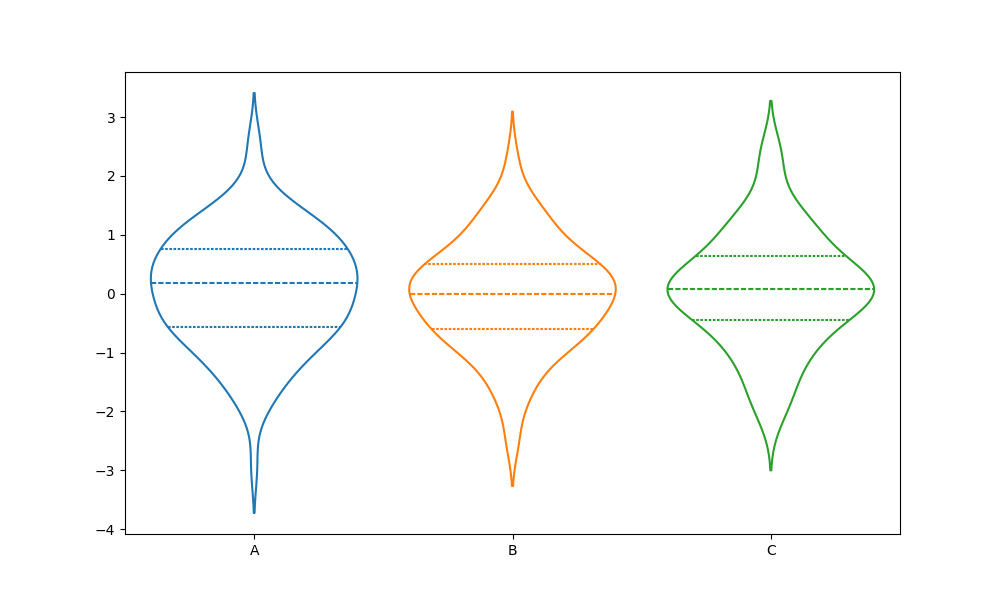
python, seaborn, violinplot, scale='width', split='False', inner='quart', fill='False'